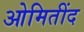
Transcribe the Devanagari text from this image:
ओमितींद